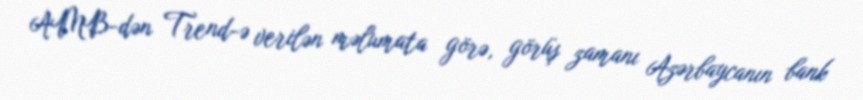
AMB-dən Trend-ə verilən məlumata görə, görüş zamanı Azərbaycanın bank